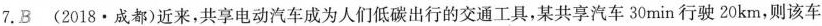
7.B(2018·成都)近来，共享电动汽车成为人们低碳出行的交通工具，某共享汽车30min行驶20km，则该车